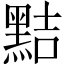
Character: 黠